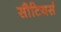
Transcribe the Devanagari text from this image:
सौटियर्स